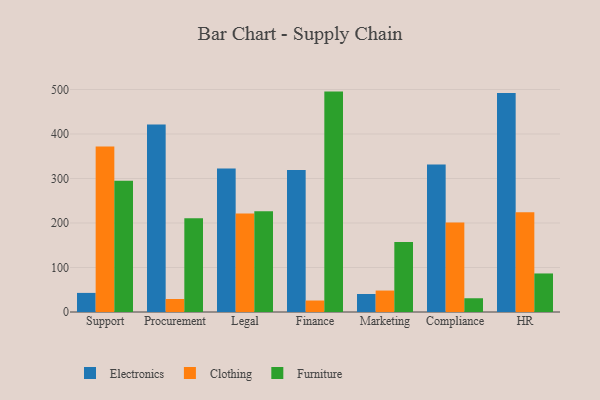
{"axis": {"x": "Department", "y": "LTV (USD)"}, "legend": ["Clothing", "Electronics", "Furniture"], "data": [{"x": "Support", "y": 42.9, "type": "Electronics"}, {"x": "Support", "y": 371.9, "type": "Clothing"}, {"x": "Support", "y": 295.0, "type": "Furniture"}, {"x": "Procurement", "y": 421.4, "type": "Electronics"}, {"x": "Procurement", "y": 29.2, "type": "Clothing"}, {"x": "Procurement", "y": 210.9, "type": "Furniture"}, {"x": "Legal", "y": 322.5, "type": "Electronics"}, {"x": "Legal", "y": 221.5, "type": "Clothing"}, {"x": "Legal", "y": 226.6, "type": "Furniture"}, {"x": "Finance", "y": 319.0, "type": "Electronics"}, {"x": "Finance", "y": 25.8, "type": "Clothing"}, {"x": "Finance", "y": 495.3, "type": "Furniture"}, {"x": "Marketing", "y": 40.4, "type": "Electronics"}, {"x": "Marketing", "y": 48.2, "type": "Clothing"}, {"x": "Marketing", "y": 157.4, "type": "Furniture"}, {"x": "Compliance", "y": 331.3, "type": "Electronics"}, {"x": "Compliance", "y": 201.1, "type": "Clothing"}, {"x": "Compliance", "y": 30.9, "type": "Furniture"}, {"x": "HR", "y": 492.3, "type": "Electronics"}, {"x": "HR", "y": 224.4, "type": "Clothing"}, {"x": "HR", "y": 86.6, "type": "Furniture"}]}